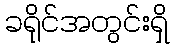
ခရိုင်အတွင်းရှိ